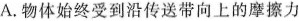
A.物体始终受到沿传送带向上的摩擦力